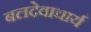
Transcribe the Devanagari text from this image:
बलदेवाचार्य